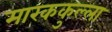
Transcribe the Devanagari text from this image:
मारककुल्ला